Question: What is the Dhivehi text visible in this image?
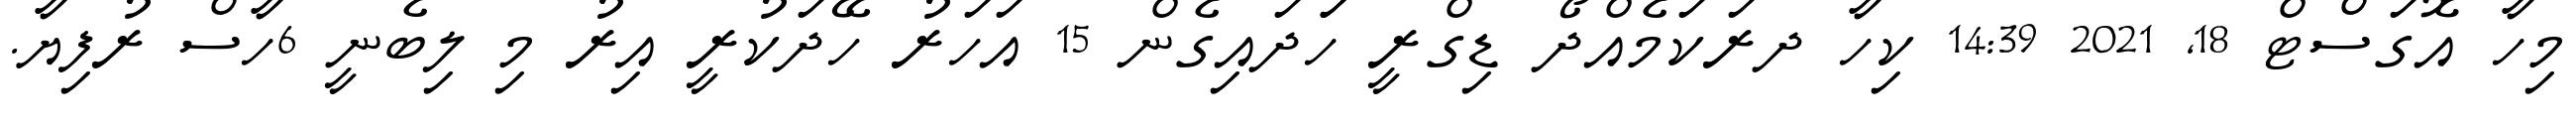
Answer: މިހާ އޮގަސްޓް 18, 2021 14:39 ކިހާ ދރަކަމެއްދޯ ޑިގްރީ ހަަދައިގެން 15 އަހަރު ހޭދަކުރީ އިރު މި ލިބެނީ 6ހާސް ރުފިޔާ.